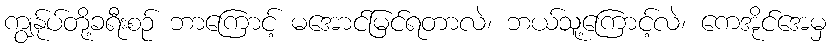
ကျွန်ုပ်တို့ခရီးစဉ် ဘာကြောင့် မအောင်မြင်ရတာလဲ၊ ဘယ်သူ့ကြောင့်လဲ၊ ကေအိုင်အေမှ